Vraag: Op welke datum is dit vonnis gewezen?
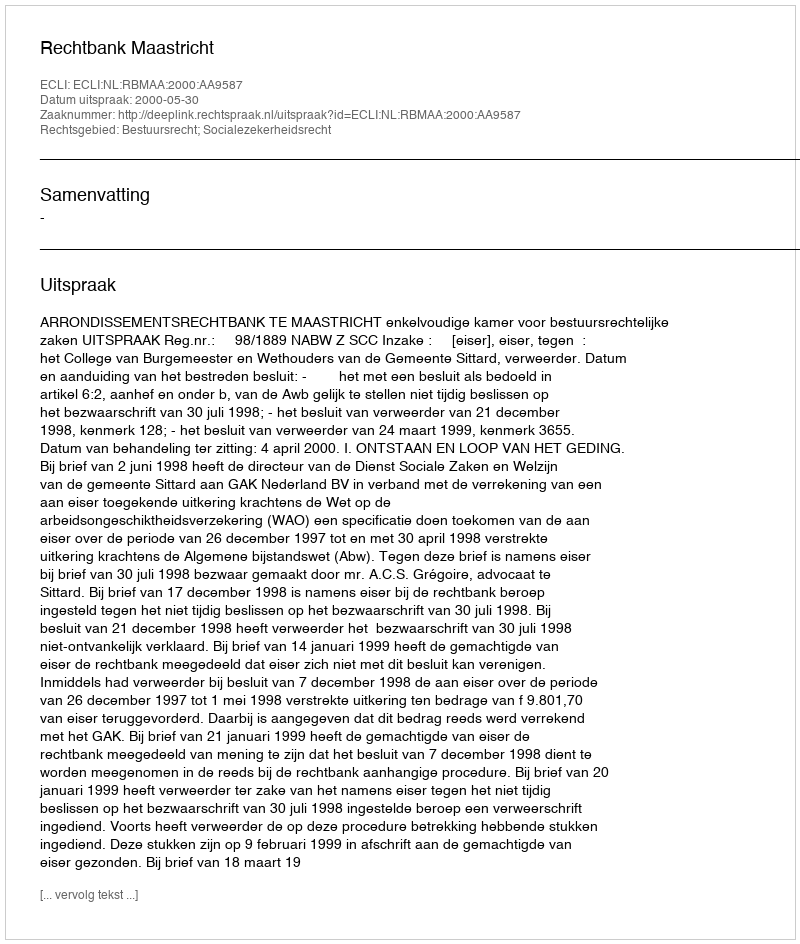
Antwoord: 2000-05-30